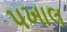
પખાલ